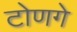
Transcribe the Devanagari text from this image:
टोणगे